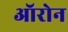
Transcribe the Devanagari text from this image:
ऑरोन